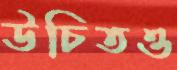
উচিতও